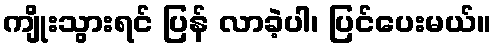
ကျိုးသွားရင် ပြန် လာခဲ့ပါ၊ ပြင်ပေးမယ်။